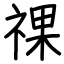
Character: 祼